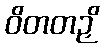
ဝိတတဉှိ